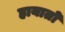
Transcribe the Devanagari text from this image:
हायातो